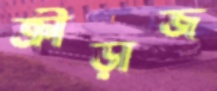
ক্রীড়াজ